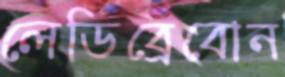
লেডিব্রেবোন